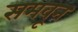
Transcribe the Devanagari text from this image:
समवून